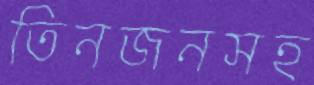
তিনজনসহ